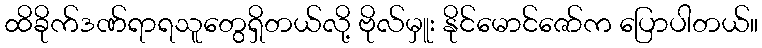
ထိခိုက်ဒဏ်ရာရသူတွေရှိတယ်လို့ ဗိုလ်မှူး နိုင်မောင်ဇော်က ပြောပါတယ်။